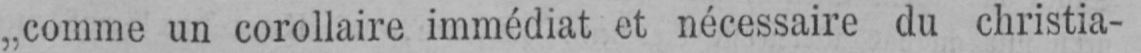
„comme un corollaire immédiat et nécessaire du christia-